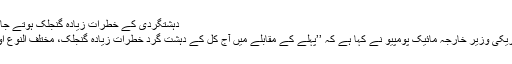
دہشتگردی کے خطرات زیادہ گنجلک ہوتے جا رہے ہیں،مائیک پومپیو
واشنگٹن (سنگر نیوز)امریکی وزیر خارجہ مائیک پومپیو نے کہا ہے کہ ’’پہلے کے مقابلے میں آج کل کے دہشت گرد خطرات زیادہ گنجلک، مختلف النوع اور تیز تر قسم کے ہیں‘‘۔